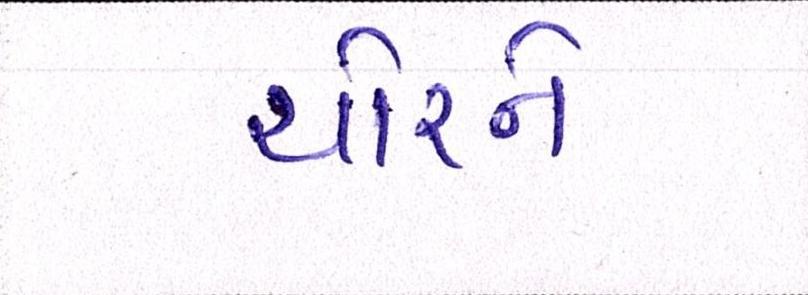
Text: ચોરને